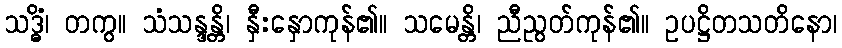
သဒ္ဓိံ၊ တကွ။ သံသန္ဒန္တိ၊ နှီးနှောကုန်၏။ သမေန္တိ၊ ညီညွတ်ကုန်၏။ ဥပဋ္ဌိတသတိနော၊